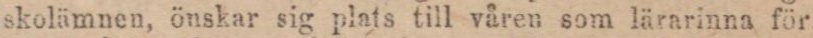
skolämnen, önskar sig plats till våren som lärarinna för